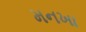
મનખા